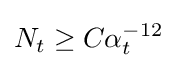
N_{t}\geq C\alpha _{t}^{-12}